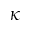
\kappa